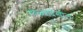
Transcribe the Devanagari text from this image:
गोळ्यादेखील